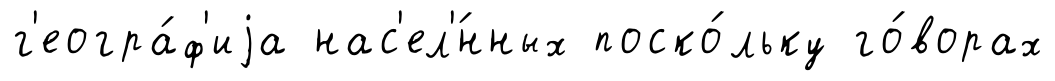
г'еогра́ф'иjа нас'ел'́нных поско́льку го́ворах